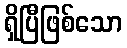
ရှိပြီဖြစ်သော